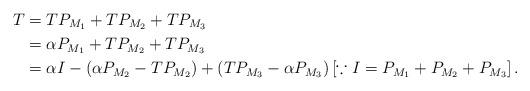
LaTeX: \begin{align*}T & =TP_{M_1}+TP_{M_2}+TP_{M_3}\\& =\alpha P_{M_1}+TP_{M_2}+TP_{M_3}\\& =\alpha I-(\alpha P_{M_2}-TP_{M_2})+(TP_{M_3}-\alpha P_{M_3}) \left[\because I=P_{M_1}+P_{M_2}+P_{M_3}\right].\end{align*}